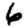
Digit: 6